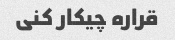
قراره چیکار کنی